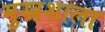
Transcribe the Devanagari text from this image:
मुखशाला